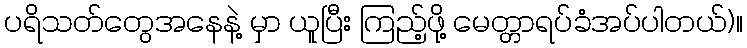
ပရိသတ်တွေအနေနဲ့ မှာ ယူပြီး ကြည့်ဖို့ မေတ္တာရပ်ခံအပ်ပါတယ်)။